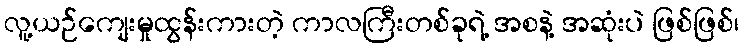
လူ့ယဉ်ကျေးမှုထွန်းကားတဲ့ ကာလကြီးတစ်ခုရဲ့ အစနဲ့ အဆုံးပဲ ဖြစ်ဖြစ်၊